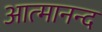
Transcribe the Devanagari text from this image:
आत्‍मानन्द